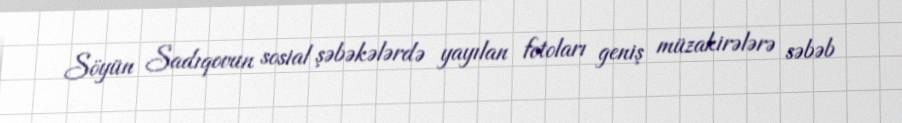
Söyün Sadıqovun sosial şəbəkələrdə yayılan fotoları geniş müzakirələrə səbəb